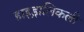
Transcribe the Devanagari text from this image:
हाइड्रालिकली